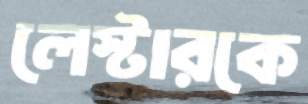
লেস্টারকে